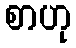
စာဟု